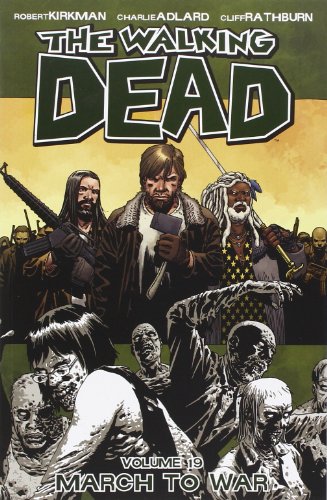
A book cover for The Walking Dead Volume 19 TP: March to War; Robert Kirkman; Comics & Graphic Novels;